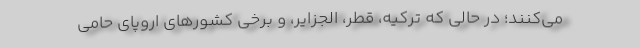
می‌کنند؛ در حالی که ترکیه، قطر، الجزایر، و برخی کشورهای اروپای حامی